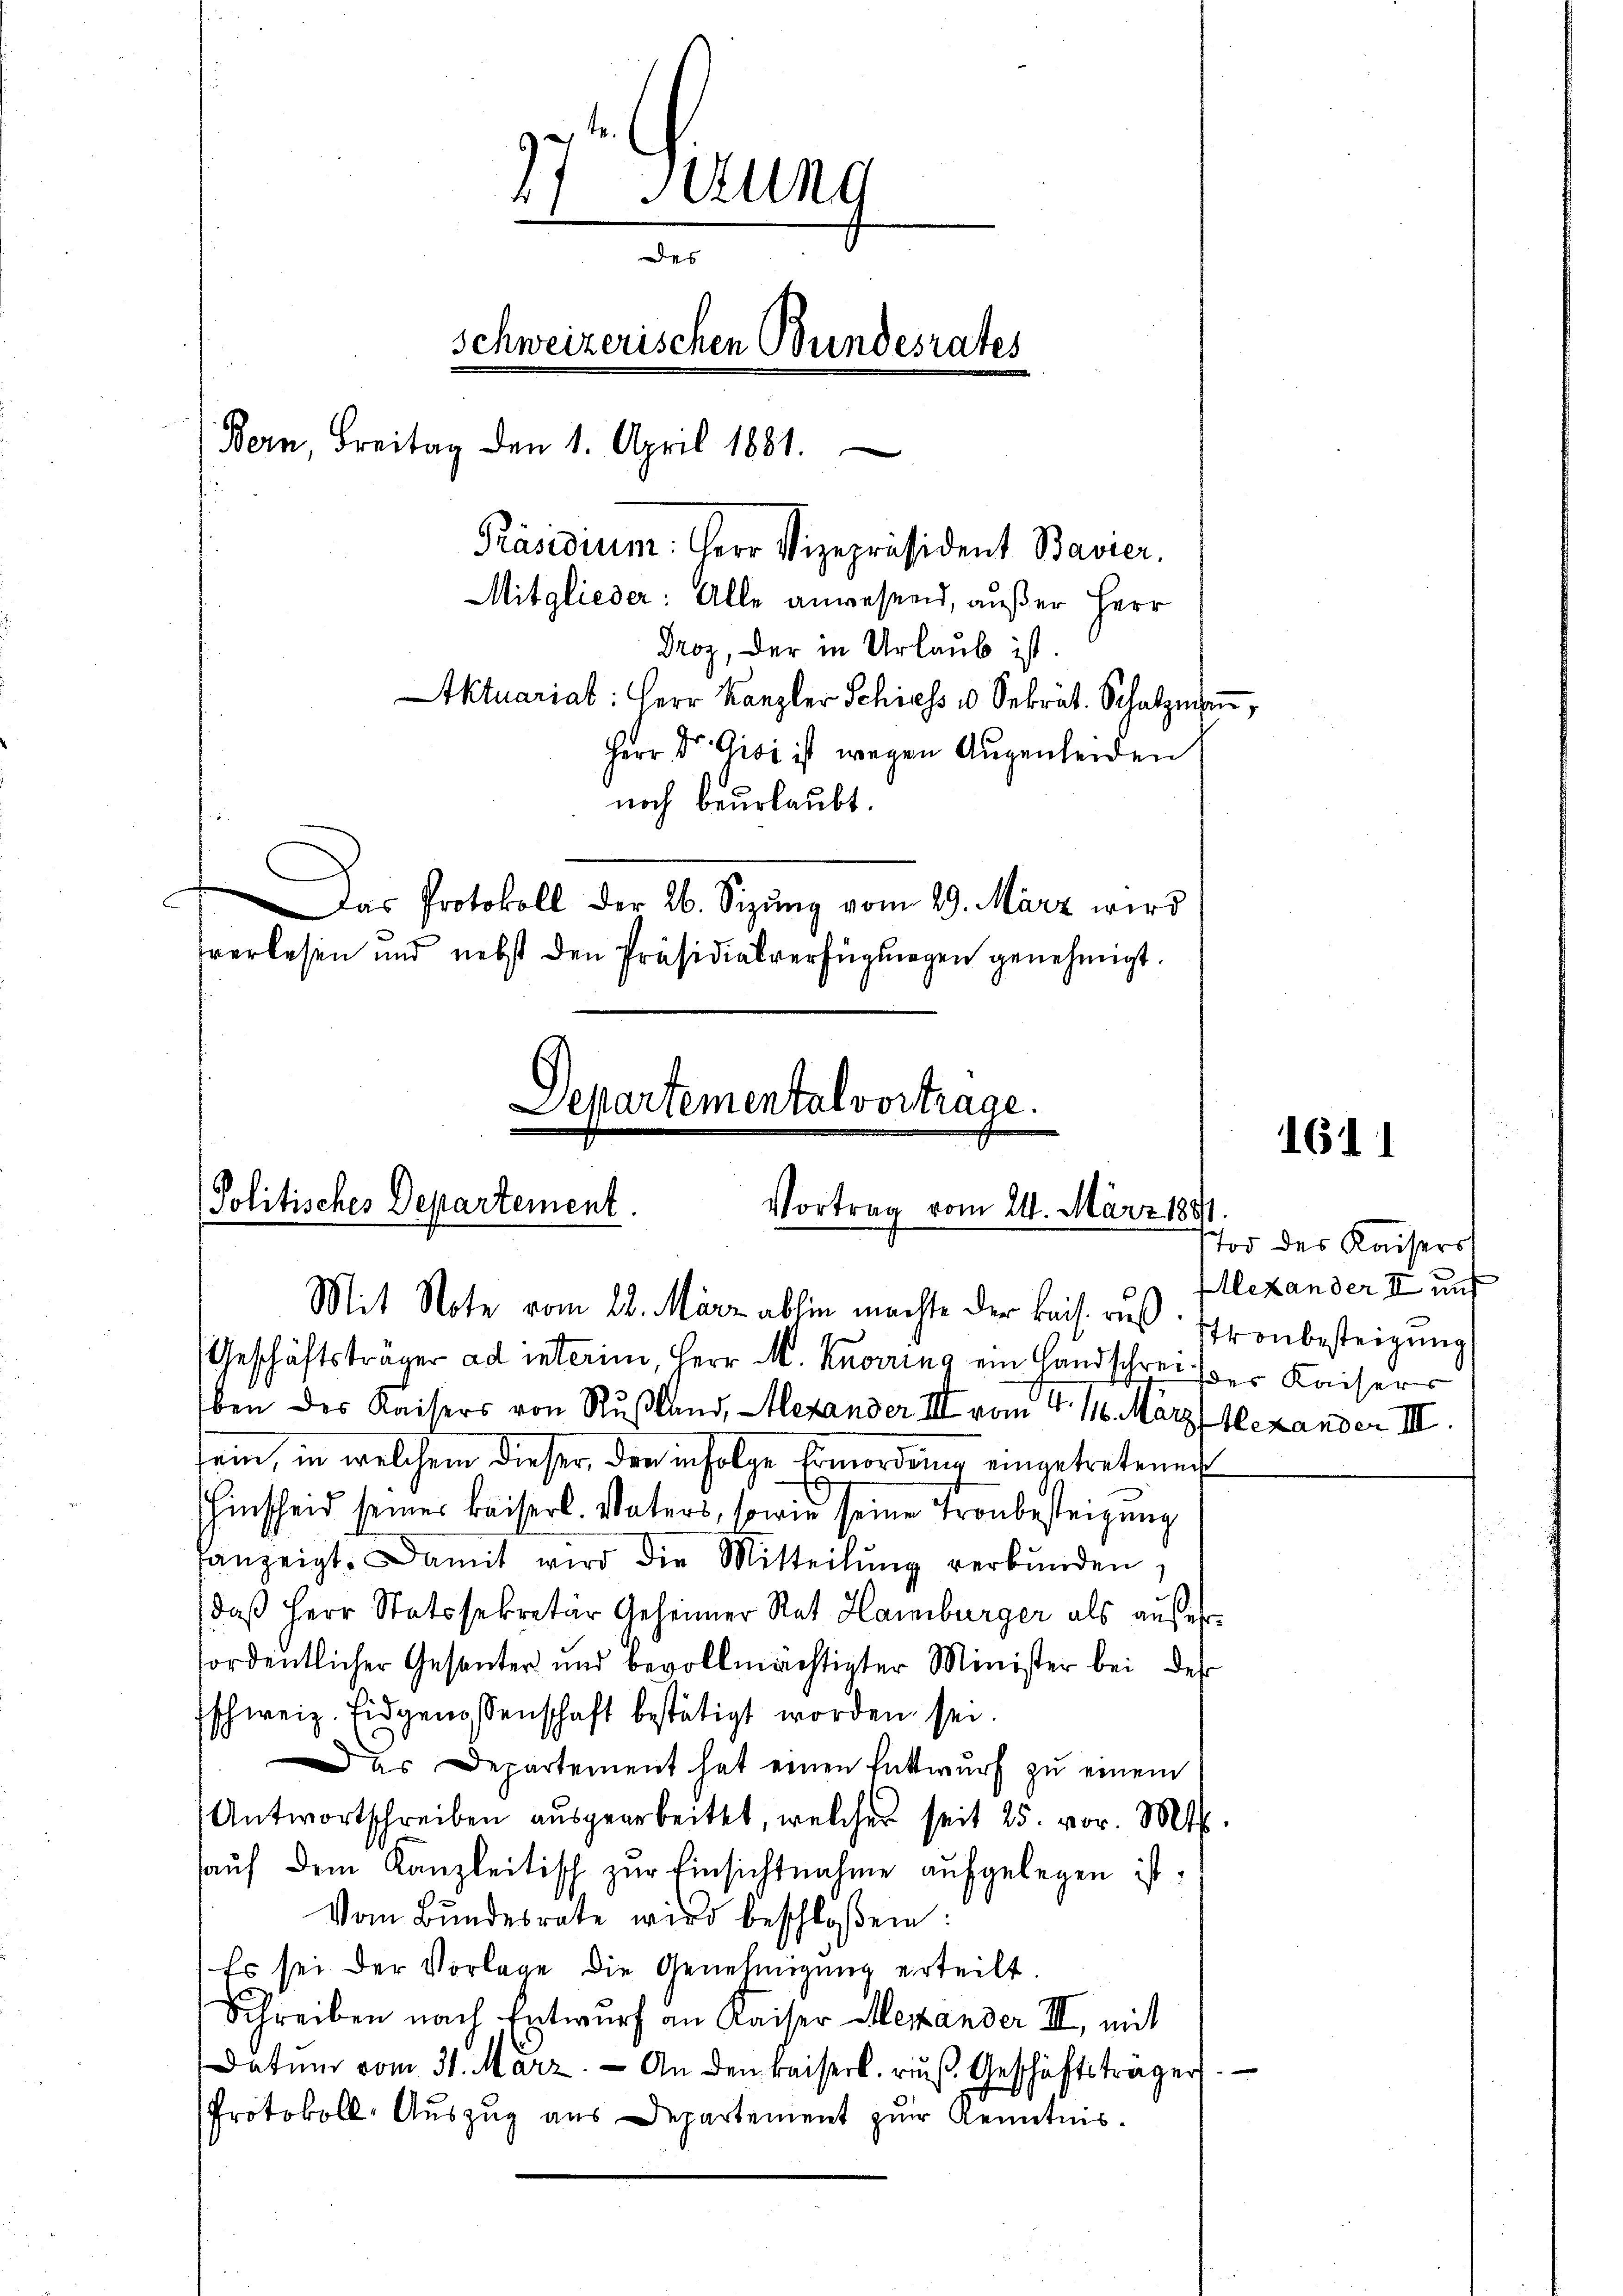
2
ung
Des
schweizerischen Bundesrates
Bern, Freitag den 1. April 1881.
Präsidium. Herr Vizepräsident Bavier,
Mitglieder: Alle anwesend, außer Herr
Droz, der in Urlaub ist.
Aktuariat: Herr Kanzler Schiess u. Sekrät. Schatzun
Herr Dr. Gisi ist wegen Augenleiden
noch beurlaubt.
as Protokoll der 26. Sizŭng vom 29. März wird
verlesen und nebst den Präsidialverfügungen genehmigt.

Departemental vortrage.
Politisches Departement.
Vortrag vom 24. März 1891.
Mit Note vom 28. März abhin machte der kais. aus: Ironbesteigung
Geschäftsträger ad interim, Herr M. Knorring ein Landschreiber Kaisers

.

ben des Kaisers von Rußland, - Hexander III vom 4. 16. März Alexander III.
sein, in welchem dieser den infolge Ermordung eingetretenen
hinscheid seiner kaiserl. Vaters, sowie seine Tronbesteigung
fanzeigt. Damit wird die Mitteilŭng verbŭnden,
daß Herr Statssekretär Geheimer Rat Hamburger als außerfordentlicher Gesanter und bevollmächtigter Minister bei der
schweiz. Eidgenossenschaft bestätigt worden sei.
as Departement hat einen Entwurf zu einem
Antwortschreiben aŭsgearbeitet, welcher seit 25. vor. Mts.
auf dem Kanzleitisch zur Einsichtnahme aufgelegen ist,
Vom Bŭndesrate wird beschloßen:
Es sei der Vorlage die Genehmigung erteilt.
Schreiben nach Entwurf an Kaiser Alexander III, mit
Datum vom 31. März. An den kaiserl. rŭβ Geschäftsträger
Protokoll- Auszug aus Departement zur Kenntnis.

1611

Tod des Kaisers
Alexander II und